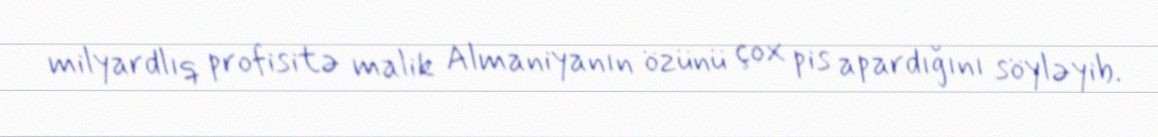
milyardlıq profisitə malik Almaniyanın özünü çox pis apardığını söyləyib.